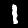
Digit: 1